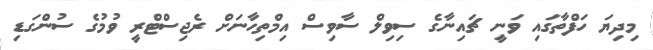
މިދިޔަ ހަފްތާގައި ވަނީ ޗައިނާގެ ސިވިލް ސާވިސް އިމްތިހާނަށް ރެޖިސްޓްރީ ވުމުގެ ސުންގަޑި